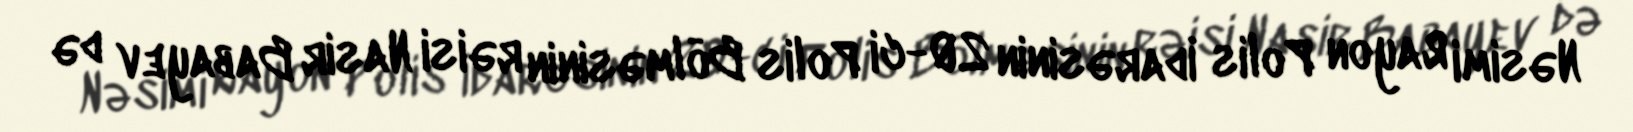
Nəsimi Rayon Polis İdarəsinin 20-ci Polis Bölməsinin rəisi Nasir Babayev də